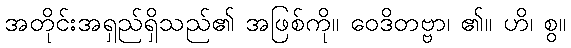
အတိုင်းအရှည်ရှိသည်၏ အဖြစ်ကို။ ဝေဒိတဗ္ဗာ၊ ၏။ ဟိ၊ စွ။